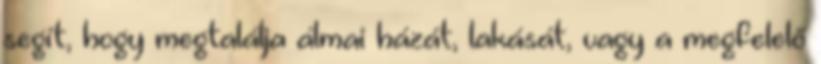
segít, hogy megtalálja álmai házát, lakását, vagy a megfelelő